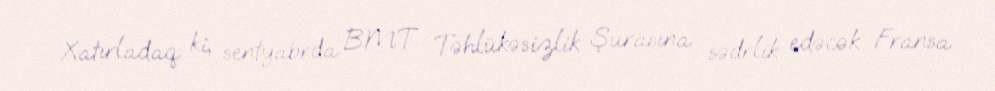
Xatırladaq ki, sentyabrda BMT Təhlükəsizlik Şurasına sədrlik edəcək Fransa